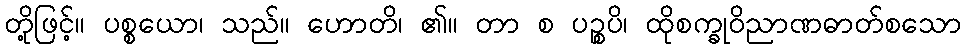
တို့ဖြင့်။ ပစ္စယော၊ သည်။ ဟောတိ၊ ၏။ တာ စ ပဉ္စပိ၊ ထိုစက္ခုဝိညာဏဓာတ်စသော